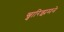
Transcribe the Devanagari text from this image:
ख्वारिझमने